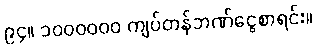
၉၄။ ၁၀၀၀၀၀၀ ကျပ်တန်ဘဏ်ငွေစာရင်း။